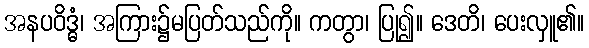
အနပဝိဒ္ဓံ၊ အကြား၌မပြတ်သည်ကို။ ကတွာ၊ ပြု၍။ ဒေတိ၊ ပေးလှူ၏။